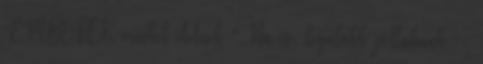
"EMBEREK minket etetnek " Na és, legalább jóllakunk :-